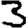
Digit: 3